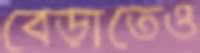
বেড়াতেও